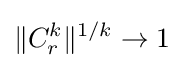
\|C_{r}^{k}\|^{1/k}\to 1